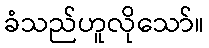
ခံသည်ဟူလိုသော်။